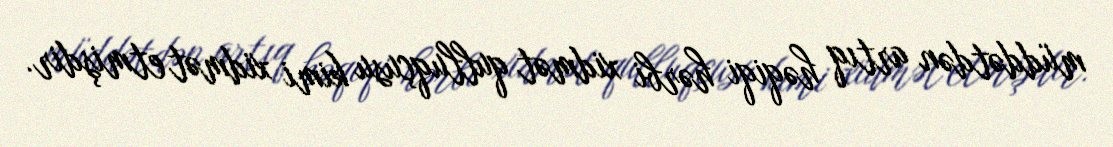
müddətdən artıq həqiqi hərbi xidmət qulluqçusu kimi xidmət etmişdir.